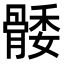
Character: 𮪭